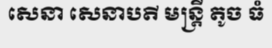
សេនា សេនាបតី មន្ត្រី តូច ធំ